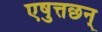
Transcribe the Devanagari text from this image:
एषुत्तछन्